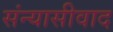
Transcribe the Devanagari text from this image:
संन्यासीवाद